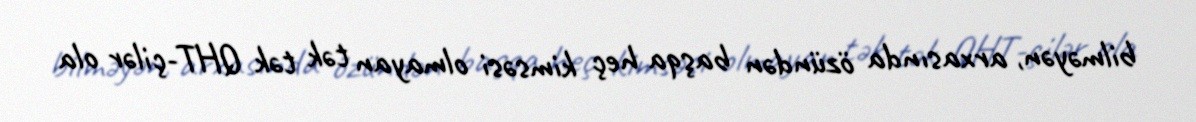
bilməyən, arxasında özündən başqa heç kimsəsi olmayan tək tək QHT-çilər ola